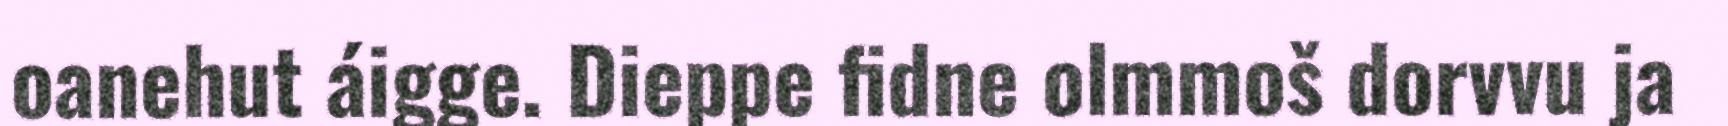
oanehut áigge. Dieppe fidne olmmoš dorvvu ja